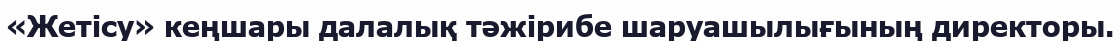
«Жетісу» кеңшары далалық тәжірибе шаруашылығының директоры.